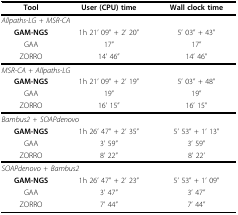
<table><thead><tr><td><b>Tool</b></td><td><b>User (CPU) time</b></td><td><b>Wall clock time</b></td></tr></thead><tbody><tr><td colspan="3"><i>Allpaths-LG + MSR-CA</i></td></tr><tr><td><b>GAM-NGS</b></td><td>1h 21&#x27; 09&quot; + 2&#x27; 20&quot;</td><td>5&#x27; 03&quot; + 43&quot;</td></tr><tr><td>GAA</td><td>17&quot;</td><td>17&quot;</td></tr><tr><td>ZORRO</td><td>14&#x27; 46&quot;</td><td>14&#x27; 46&quot;</td></tr><tr><td colspan="3"><i>MSR-CA + Allpaths-LG</i></td></tr><tr><td><b>GAM-NGS</b></td><td>1h 21&#x27; 09&quot; + 2&#x27; 19&quot;</td><td>5&#x27; 03&quot; + 48&quot;</td></tr><tr><td>GAA</td><td>19&quot;</td><td>19&quot;</td></tr><tr><td>ZORRO</td><td>16&#x27; 15&quot;</td><td>16&#x27; 15&quot;</td></tr><tr><td colspan="3"><i>Bambus2 + SOAPdenovo</i></td></tr><tr><td><b>GAM-NGS</b></td><td>1h 26&#x27; 47&quot; + 2&#x27; 35&quot;</td><td>5&#x27; 53&quot; + 1&#x27; 13&quot;</td></tr><tr><td>GAA</td><td>3&#x27; 59&quot;</td><td>3&#x27; 59&quot;</td></tr><tr><td>ZORRO</td><td>8&#x27; 22&quot;</td><td>8&#x27; 22&#x27;</td></tr><tr><td colspan="3"><i>SOAPdenovo + Bambus2</i></td></tr><tr><td><b>GAM-NGS</b></td><td>1h 26&#x27; 47&quot; + 2&#x27; 23&quot;</td><td>5&#x27; 53&quot; + 1&#x27; 09&quot;</td></tr><tr><td>GAA</td><td>3&#x27; 47&quot;</td><td>3&#x27; 47&quot;</td></tr><tr><td>ZORRO</td><td>7&#x27; 44&quot;</td><td>7&#x27; 44&quot;</td></tr></tbody></table>